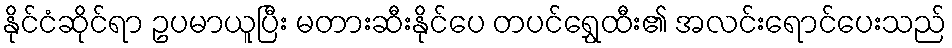
နိုင်ငံဆိုင်ရာ ဥပမာယူပြီး မတားဆီးနိုင်ပေ တပင်ရွှေထီး၏ အလင်းရောင်ပေးသည်